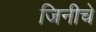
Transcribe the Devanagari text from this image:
जिनीचे